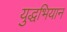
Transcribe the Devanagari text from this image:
युद्धभियान